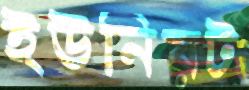
ইউনিয়ট